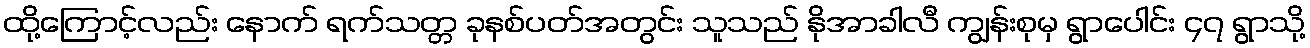
ထို့ကြောင့်လည်း နောက် ရက်သတ္တ ခုနစ်ပတ်အတွင်း သူသည် နိုအာခါလီ ကျွန်းစုမှ ရွာပေါင်း ၄၇ ရွာသို့